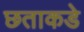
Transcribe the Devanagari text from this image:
छताकडे